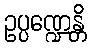
ဥပ္ပဏ္ဍေန္တိ